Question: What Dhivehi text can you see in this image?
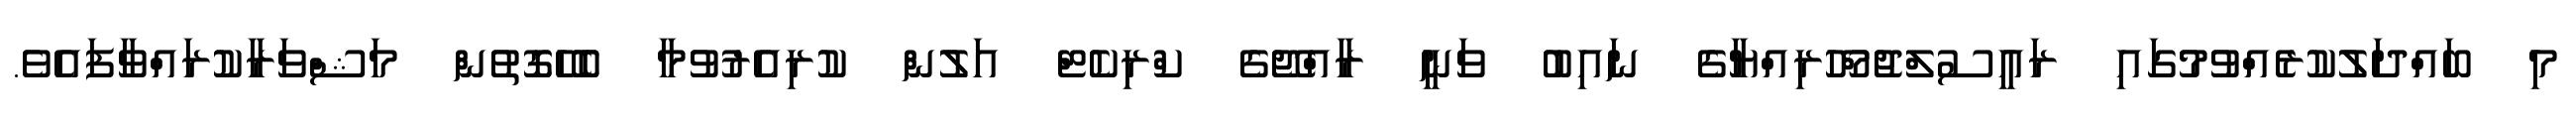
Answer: މި ބައްދަލުކުރެއްވުމުގައި ރައީސުލްޖުމްހޫރިއްޔާގެ ނައިބު ވަނީ ރާއްޖޭގެ ކްރިކެޓް އަލުން ކުރިއެރުވުމާ ބެހޭގޮތުން މަޝްވަރާކުރައްވާފައެވެ.